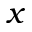
x